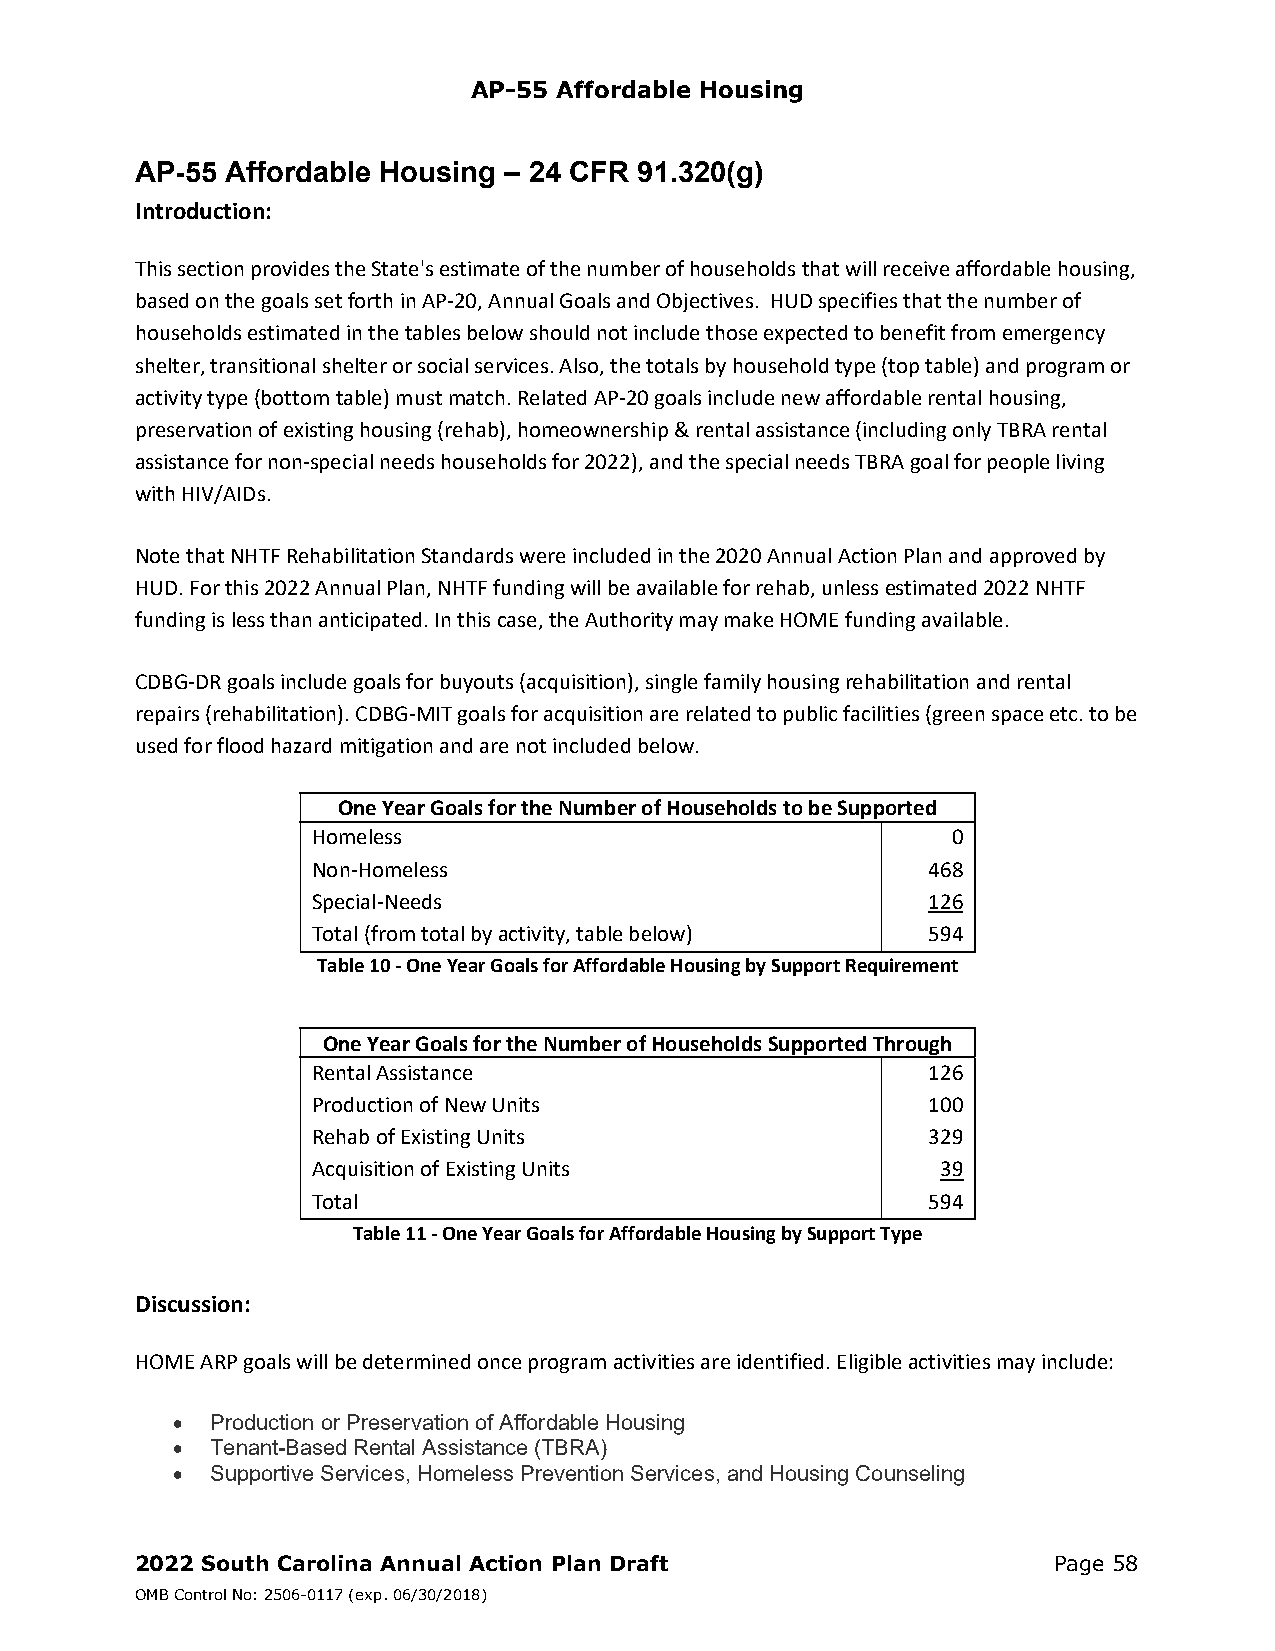
AP-55 Affordable Housing
 AP-55 Affordable Housing – 24 CFR 91.320(g)
 Introduction:
 This section provides the State's estimate of the number of households that will receive affordable housing,
 based on the goals set forth in AP‐20, Annual Goals and Objectives. HUD specifies that the number of
 households estimated in the tables below should not include those expected to benefit from emergency
 shelter, transitional shelter or social services. Also, the totals by household type (top table) and program or
 activity type (bottom table) must match. Related AP‐20 goals include new affordable rental housing,
 preservation of existing housing (rehab), homeownership & rental assistance (including only TBRA rental
 assistance for non‐special needs households for 2022), and the special needs TBRA goal for people living
 with HIV/AIDs.
 Note that NHTF Rehabilitation Standards were included in the 2020 Annual Action Plan and approved by
 HUD. For this 2022 Annual Plan, NHTF funding will be available for rehab, unless estimated 2022 NHTF
 funding is less than anticipated. In this case, the Authority may make HOME funding available.
 CDBG‐DR goals include goals for buyouts (acquisition), single family housing rehabilitation and rental
 repairs (rehabilitation). CDBG‐MIT goals for acquisition are related to public facilities (green space etc. to be
 used for flood hazard mitigation and are not included below.
 One Year Goals for the Number of Households to be Supported
 Homeless                                  0
 Non‐Homeless                            468
 Special‐Needs                           126
 Total (from total by activity, table below) 594
 Table 10 ‐ One Year Goals for Affordable Housing by Support Requirement
 One Year Goals for the Number of Households Supported Through
 Rental Assistance                       126
 Production of New Units                 100
 Rehab of Existing Units                 329
 Acquisition of Existing Units            39
 Total                                   594
 Table 11 ‐ One Year Goals for Affordable Housing by Support Type
 Discussion:
 HOME ARP goals will be determined once program activities are identified. Eligible activities may include:
   Production or Preservation of Affordable Housing
   Tenant-Based Rental Assistance (TBRA)
   Supportive Services, Homeless Prevention Services, and Housing Counseling
 2022 South Carolina Annual Action Plan Draft                 Page 58
 OMB Control No: 2506-0117 (exp. 06/30/2018)